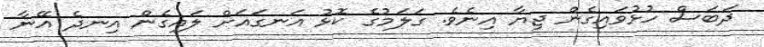
ދަބަސް ހުޅުވައިގެން ޖިޔާ އިނެވެ. ގަލަމުގެ ކޮޅު އަނގައަށް ލައިގެން އިނދެ އޭނާ